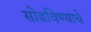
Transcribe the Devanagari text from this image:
सोडविण्याचे